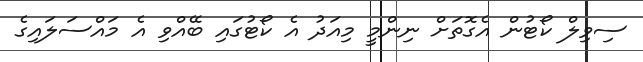
ސިވިލް ކޯޓުން އެގޮތަށް ނިންމީ މިއަދު އެ ކޯޓުގައި ބޭއްވި އެ މައްސަލައިގެ